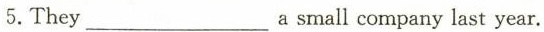
5.They ___a small company last year.